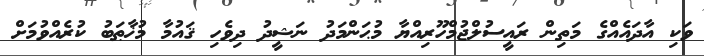
ވަކި އާދައެއްގެ މަތިން ރައީސުލްޖުމްހޫރިއްޔާ މުޙަންމަދު ނަޝީދު ދިވެހި ޤައުމާ މުޚާޠަބު ކުރެއްވުމަށް